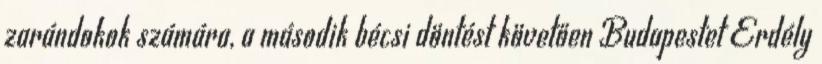
zarándokok számára, a második bécsi döntést követően Budapestet Erdély